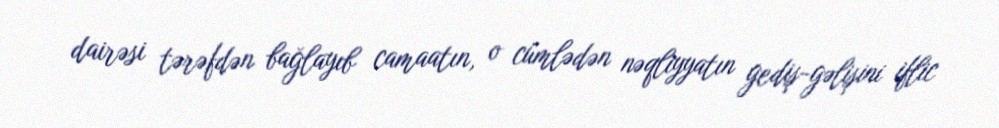
dairəsi tərəfdən bağlayıb camaatın, o cümlədən nəqliyyatın gediş-gəlişini iflic